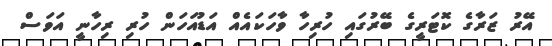
އޭރު ޒަރާގެ ކޮޓަރީގެ ބޭރުގައި ހުރިހާ ވާހަކައެއް އަޑުއަހަން ހުރި ރިހާނީ އަވަސް